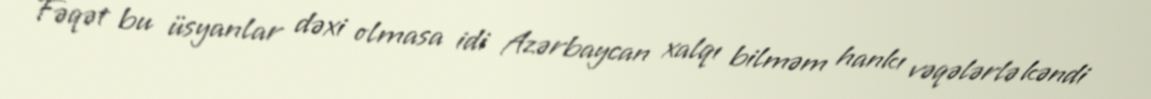
Fəqət bu üsyanlar dəxi olmasa idi Azərbaycan xalqı bilməm hankı vəqələrlə kəndi